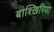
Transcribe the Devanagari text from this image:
बाश्ख़िरिया